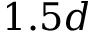
1 . 5 d